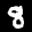
Label: 8